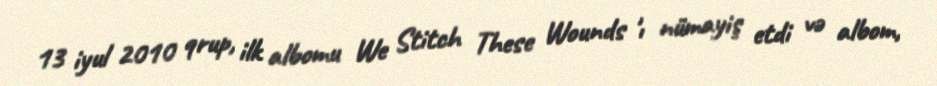
13 iyul 2010 qrup, ilk albomu We Stitch These Wounds 'ı nümayiş etdi və albom,